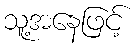
သူ့အနေဖြင့်